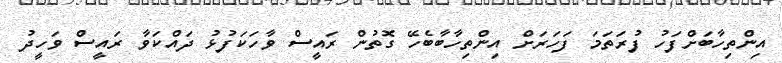
އިންތިހާބަށްފަހު ފުރަތަމަ ފަހަރަށް އިންތިހާބާބެހޭ ގޮތުން ރައީސް ވާހަކަފުޅު ދައްކަވާ ރައީސް ވަހީދު